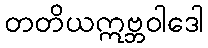
တတိယဣဗ္ဘဝါဒေါ